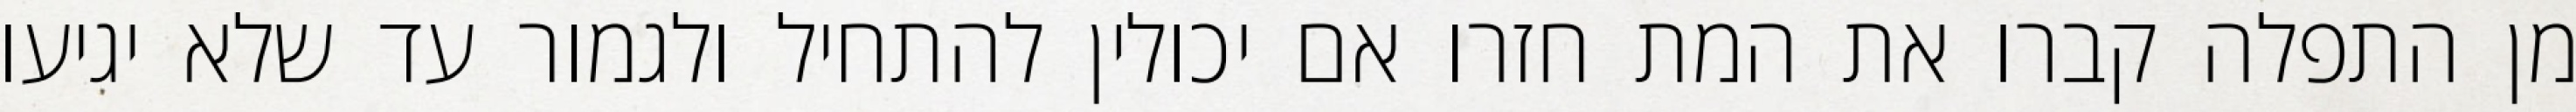
מן התפלה קברו את המת חזרו אם יכולין להתחיל ולגמור עד שלא יגיעו